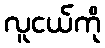
လူငယ်ကို